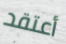
أعتقد